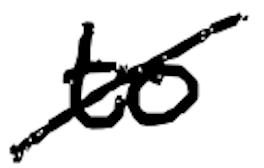
Text: to
Cross-out: mix
Writing tool: digital_black